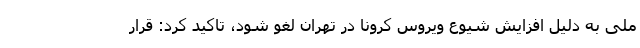
ملی به دلیل افزایش شیوع ویروس کرونا در تهران لغو شود، تاکید کرد: قرار